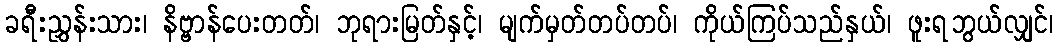
ခရီးညွှန်းသား၊ နိဗ္ဗာန်ပေးတတ်၊ ဘုရားမြတ်နှင့်၊ မျက်မှတ်တပ်တပ်၊ ကိုယ်ကြပ်သည်နှယ်၊ ဖူးရဘွယ်လျှင်၊